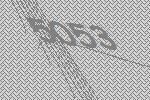
5053